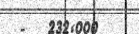
-   232